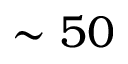
\sim 5 0